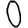
Digit: 0